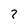
Character: 7